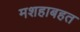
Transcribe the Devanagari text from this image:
मशहाबहत